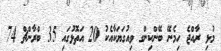
މުޅި ރާއްޖެ ހިމެނޭ ބޭންކިންގ ވިއުގަޔަކާއެކު 20 އަތޮޅުގައި 35 ބްރާންޗް 74